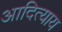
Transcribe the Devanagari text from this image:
आदित्याय